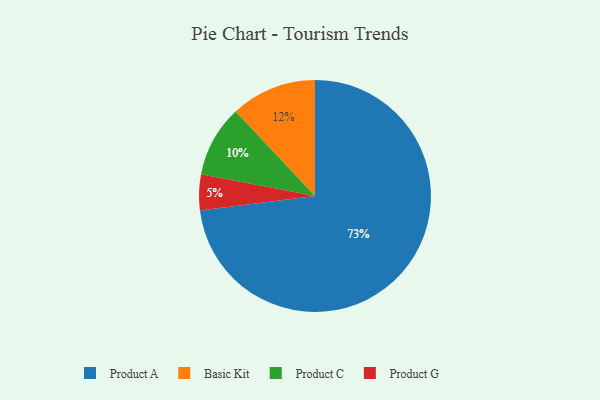
{"axis": {"x": "Category", "y": "Percentage"}, "legend": ["Basic Kit", "Product A", "Product C", "Product G"], "data": [{"x": "Basic Kit", "y": 12, "type": "Basic Kit"}, {"x": "Product A", "y": 73, "type": "Product A"}, {"x": "Product G", "y": 5, "type": "Product G"}, {"x": "Product C", "y": 10, "type": "Product C"}]}